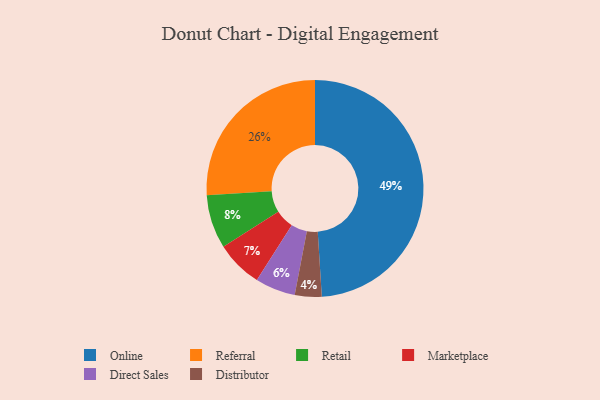
{"axis": {"x": "Category", "y": "Percentage"}, "legend": ["Direct Sales", "Distributor", "Marketplace", "Online", "Referral", "Retail"], "data": [{"x": "Direct Sales", "y": 6, "type": "Direct Sales"}, {"x": "Retail", "y": 8, "type": "Retail"}, {"x": "Online", "y": 49, "type": "Online"}, {"x": "Distributor", "y": 4, "type": "Distributor"}, {"x": "Referral", "y": 26, "type": "Referral"}, {"x": "Marketplace", "y": 7, "type": "Marketplace"}]}